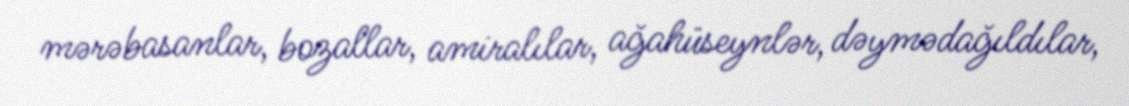
mərəbasanlar, bozallar, amiralılar, ağahüseynlər, dəymədağıldılar,